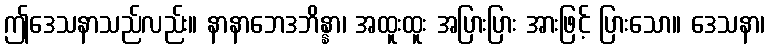
ဤဒေသနာသည်လည်း။ နာနာဘေဒဘိန္နာ၊ အထူးထူး အပြားပြား အားဖြင့် ပြားသော။ ဒေသနာ၊